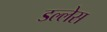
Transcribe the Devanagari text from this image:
डल्लेस